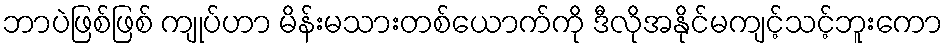
ဘာပဲဖြစ်ဖြစ် ကျုပ်ဟာ မိန်းမသားတစ်ယောက်ကို ဒီလိုအနိုင်မကျင့်သင့်ဘူးကော